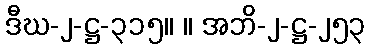
ဒီဃ-၂-ဋ္ဌ-၃၁၅။ ။ အဘိ-၂-ဋ္ဌ-၂၅၃